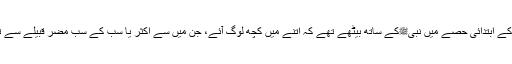
صحابۂ کرام دن کے ابتدائی حصے میں نبیﷺکے ساتھ بیٹھے تھے کہ اتنے میں کچھ لوگ آئے، جن میں سے اکثر یا سب کے سب مضر قبیلے سے تعلق رکھتے تھے۔